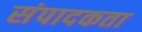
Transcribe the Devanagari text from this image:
संपादकता